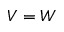
V = W